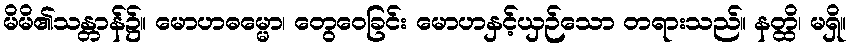
မိမိ၏သန္တာန်၌။ မောဟဓမ္မော၊ တွေဝေခြင်း မောဟနှင့်ယှဉ်သော တရားသည်။ နတ္ထိ၊ မရှိ။